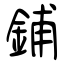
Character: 鋪